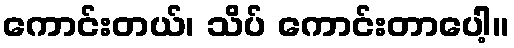
ကောင်းတယ်၊ သိပ် ကောင်းတာပေါ့။